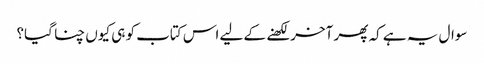
سوال یہ ہے کہ پھر آخر لکھنے کے لیے اس کتاب کو ہی کیوں چنا گیا؟